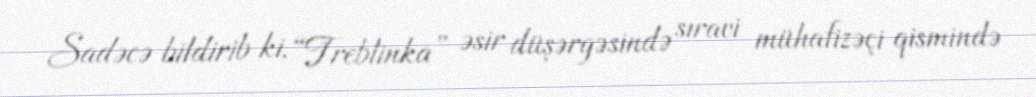
Sadəcə bildirib ki, “Treblinka” əsir düşərgəsində sıravi mühafizəçi qismində